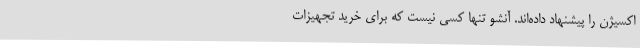
اکسیژن را پیشنهاد داده‌اند. آنشو تنها کسی نیست که برای خرید تجهیزات